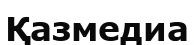
Қазмедиа